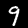
Label: 9